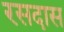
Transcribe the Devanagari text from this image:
रसदास